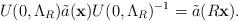
LaTeX: \begin{align*}U(0,\Lambda_R) \tilde{a}( \mathbf{x}) U(0,\Lambda_R) ^{-1} =\tilde{a} (R \mathbf{ x }).\end{align*}